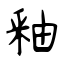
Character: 釉